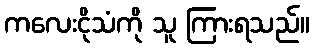
ကလေးငိုသံကို သူ ကြားရသည်။